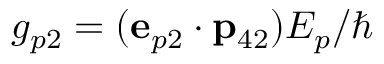
g _ { p 2 } = ( { \bf e } _ { p 2 } \cdot { \bf p } _ { 4 2 } ) { \cal E } _ { p } / \hbar